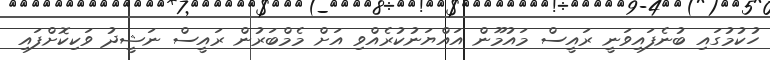
ހުކުމުގައި ބުނެފައިވަނީ ރައީސް މައުމޫން އައްޔަނުކުރެއްވި އަށް މެމްބަރުން ރައީސް ނަޝީދު ވަކިކޮށްފައި